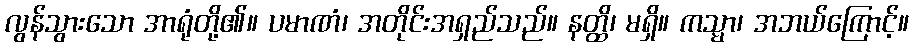
လွန်သွားသော အာရုံတို့၏။ ပမာဏံ၊ အတိုင်းအရှည်သည်။ နတ္ထိ၊ မရှိ။ ကသ္မာ၊ အဘယ်ကြောင့်။